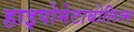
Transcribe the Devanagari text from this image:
हाइपोमेटाबोलिज्म